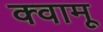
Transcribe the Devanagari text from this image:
क्वामू